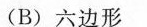
(B)六边形